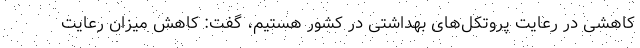
کاهشی در رعایت پروتکل‌های بهداشتی در کشور هستیم، گفت: کاهش میزان رعایت